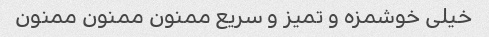
خیلی خوشمزه و تمیز و سریع ممنون ممنون ممنون